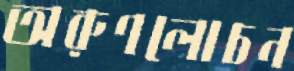
অরুণলোচন